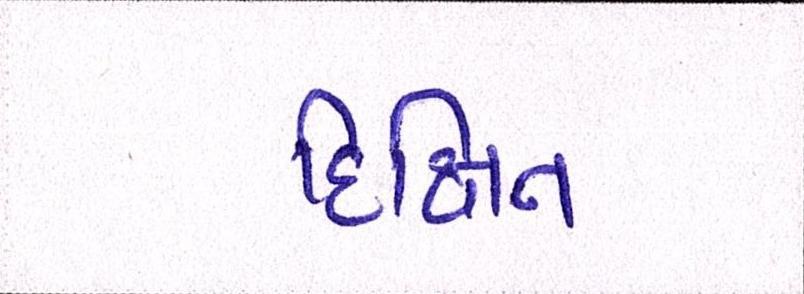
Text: દિક્ષિત